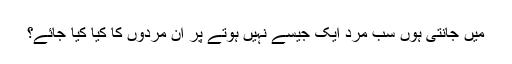
میں جانتی ہوں سب مرد ایک جیسے نہیں ہوتے پر ان مردوں کا کیا کیا جائے؟